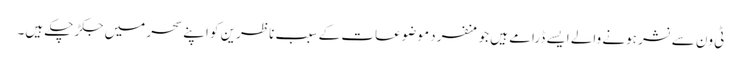
ٹی ون سے نشر ہونے والے ایسے ڈرامے ہیں جو منفرد موضوعات کے سبب ناظرین کو اپنے سحر میں جکڑ چکے ہیں۔